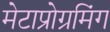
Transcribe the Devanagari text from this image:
मेटाप्रोग्रमिंग